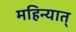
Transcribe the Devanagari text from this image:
महिन्यात्